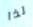
لذا